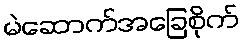
မဲဆောက်အခြေစိုက်